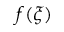
f ( \xi )